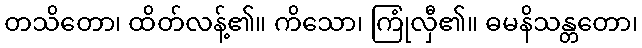
တသိတော၊ ထိတ်လန့်၏။ ကိသော၊ ကြုံလှီ၏။ ဓမနိသန္တတော၊